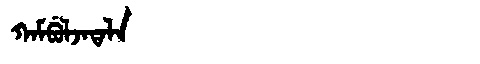
Manchu: ᡴᠠᠮᠪᡠᠯᠵᠠᡨᠠᠯᠠ
Romanization: KAMBULJATALA